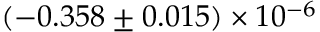
( - 0 . 3 5 8 \pm 0 . 0 1 5 ) \times 1 0 ^ { - 6 }